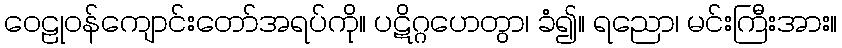
ဝေဠုဝန်ကျောင်းတော်အရပ်ကို။ ပဋိဂ္ဂဟေတွာ၊ ခံ၍။ ရညော၊ မင်းကြီးအား။